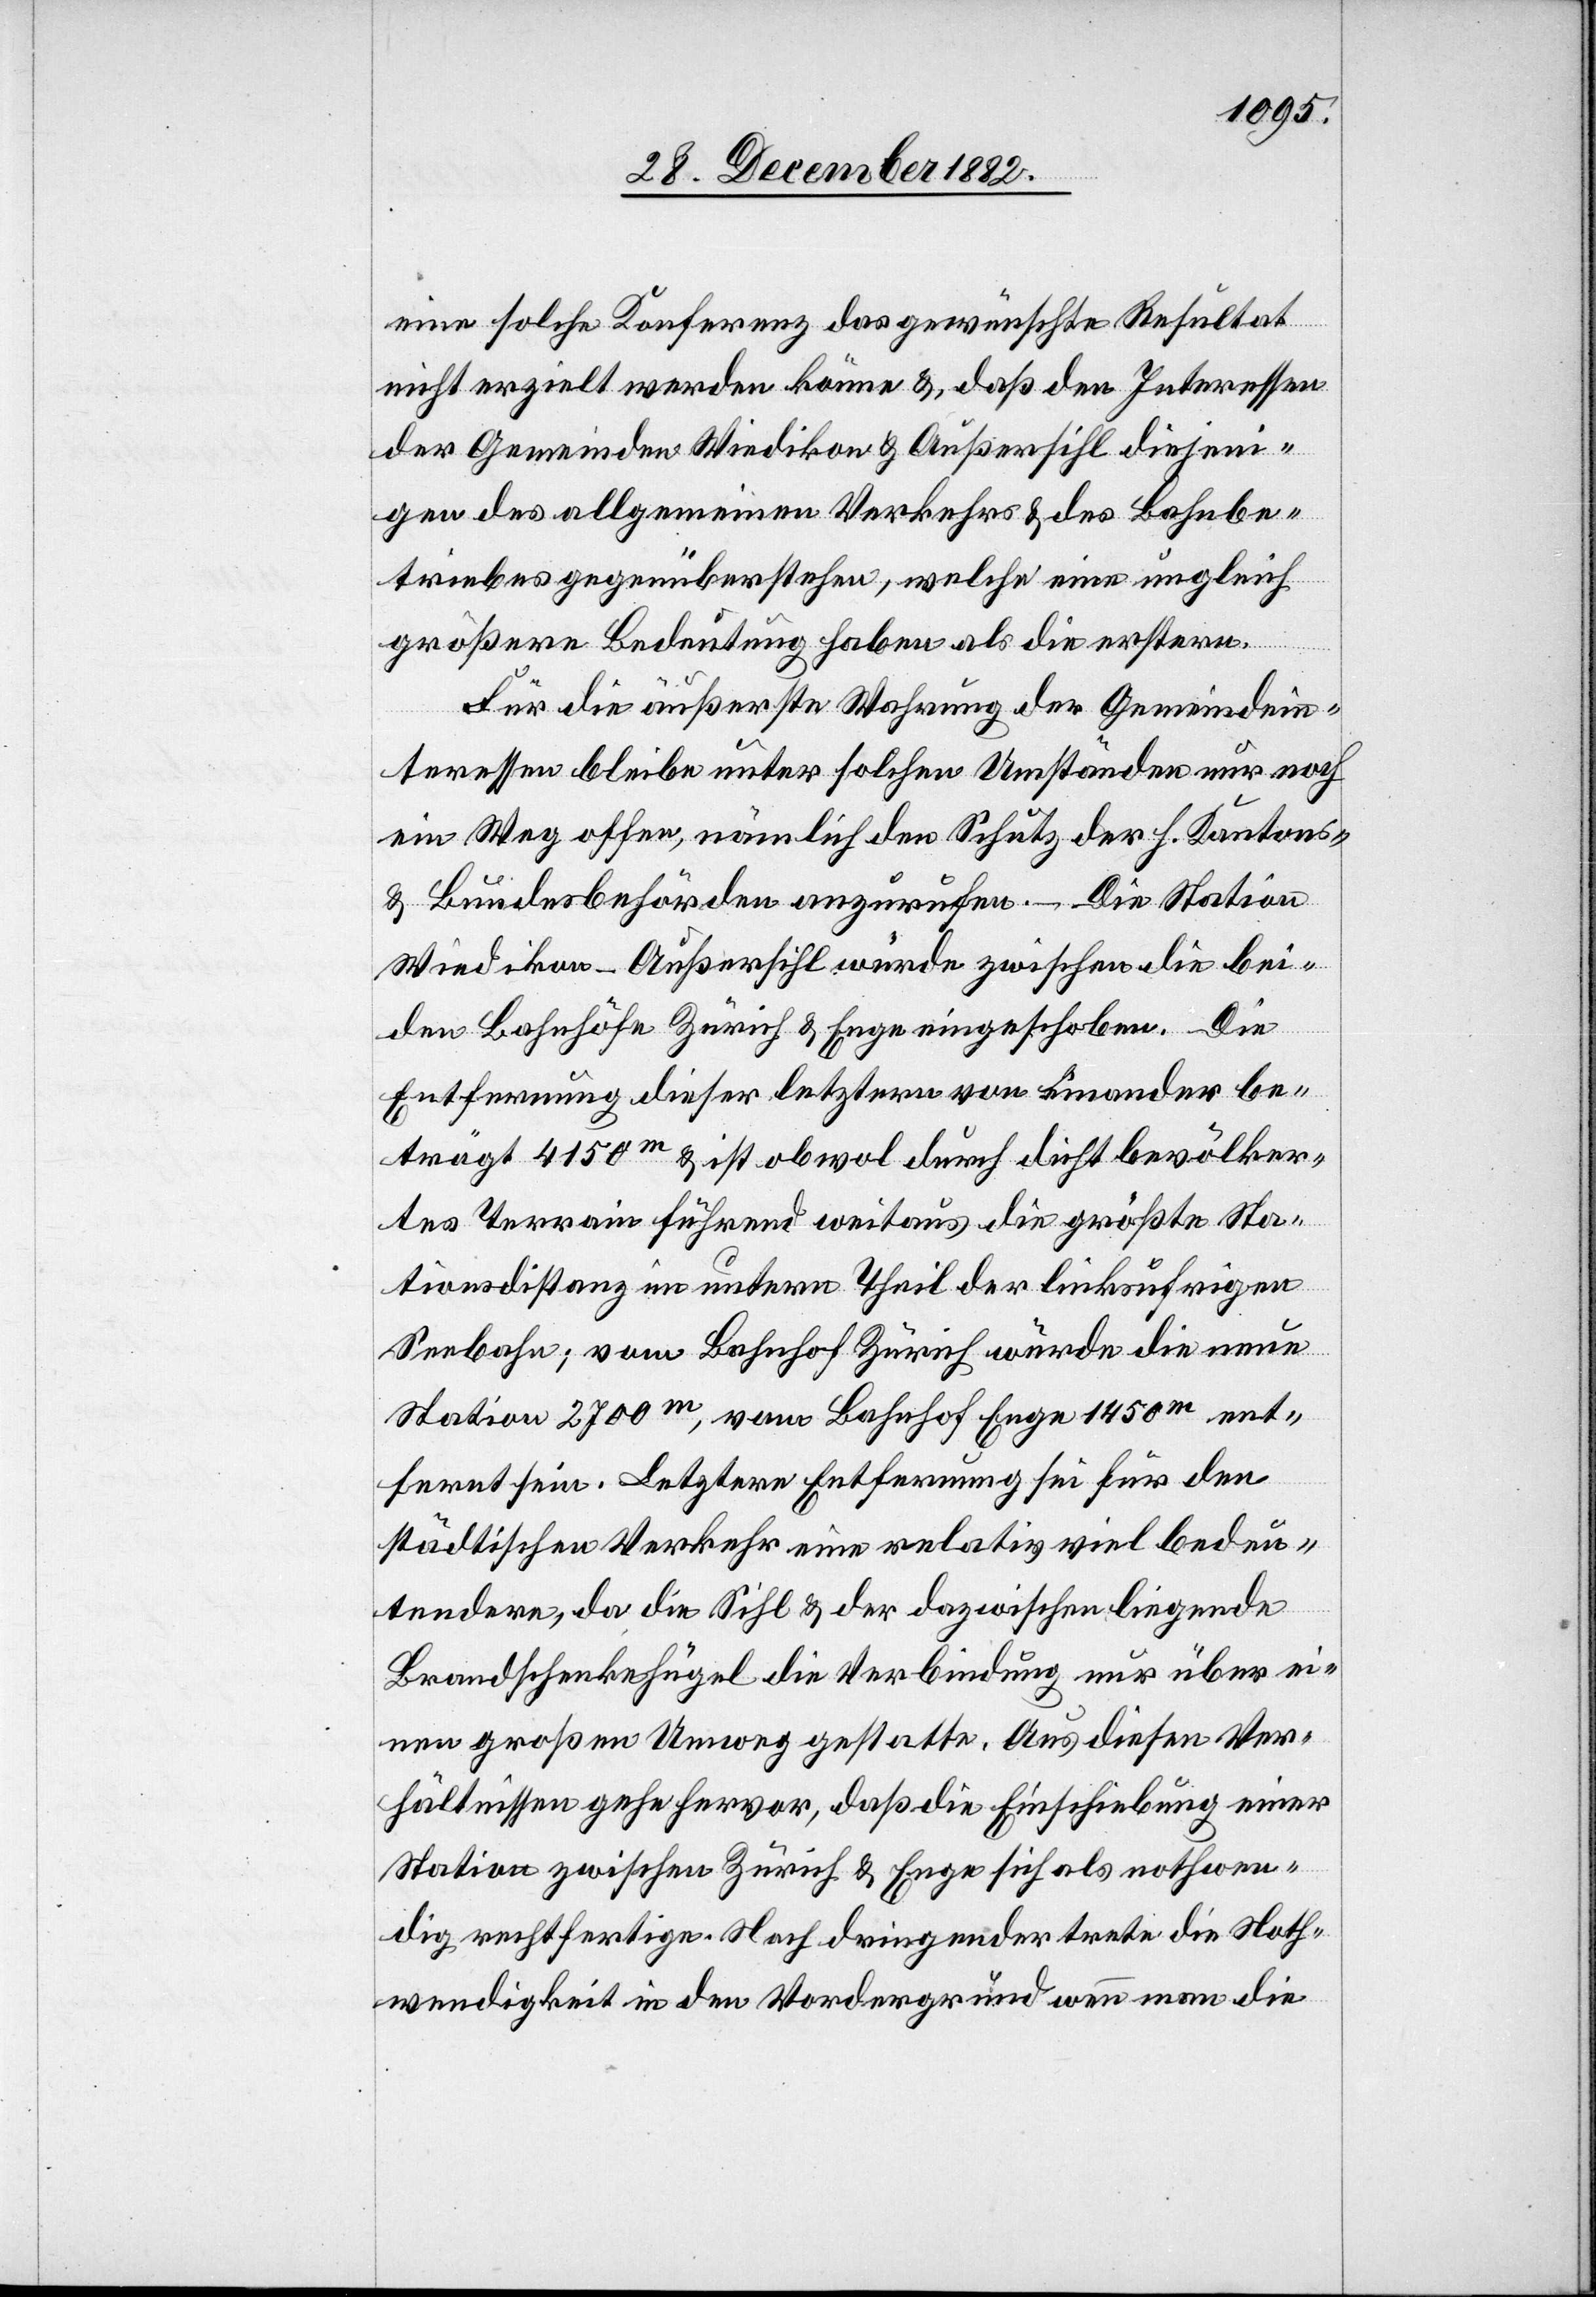
eine solche Konferenz das gewünschte Resultat
nicht erzielt werden könne &, [sic!] daß den Interessen
der Gemeinden Wiedikon & Außersihl diejeni¬
gen des allgemeinen Verkehrs & des Bahnbe¬
triebes gegenüberstehen, welche eine ungleich
größere Bedeutung haben als die erstern.
Für die äußerste Wahrung der Gemeindein¬
teressen bleibe unter solchen Umständen nur noch
ein Weg offen, nämlich den Schutz der h. Kantons-
& Bundesbehörden anzurufen. – Die Station
Wiedikon-Außersihl würde zwischen die bei¬
den Bahnhöfe Zürich & Enge eingeschoben. Die
Entfernung dieser letztern von einander be¬
trägt 4150m & ist obwol durch dicht bevölker¬
tes Terrain führend weitaus die größte Sta¬
tionsdistanz im untern Theil der linksufrigen
Seebahn; vom Bahnhof Zürich würde die neue
Station 2700m, vom Bahnhof Enge 1450m ent¬
fernt sein. Letztere Entfernung sei für den
städtischen Verkehr eine relativ viel bedeu¬
tendere, da die Sihl & der dazwischen liegende
Brandschenkehügel die Verbindung nur über ei¬
nen großen Umweg gestatte. Aus diesen Ver¬
hältnissen gehe hervor, daß die Einschiebung einer
Station zwischen Zürich & Enge sich als nothwen¬
dig rechtfertige. Noch dringender trete die Noth¬
wendigkeit in den Vorderrund wenn man die